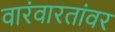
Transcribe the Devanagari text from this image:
वारंवारतांवर